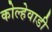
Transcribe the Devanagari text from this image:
कोल्हेवाडी